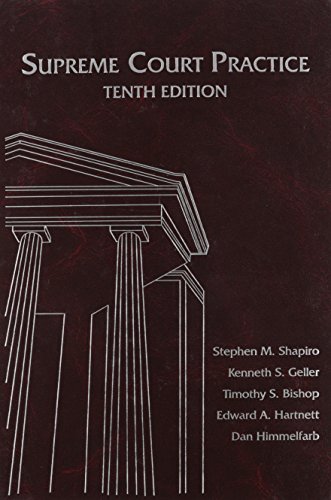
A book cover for Supreme Court Practice, Tenth Edition; Stephen M. Shapiro; Law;